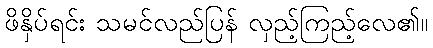
ဖိနှိပ်ရင်း သမင်လည်ပြန် လှည့်ကြည့်လေ၏။